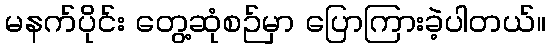
မနက်ပိုင်း တွေ့ဆုံစဉ်မှာ ပြောကြားခဲ့ပါတယ်။